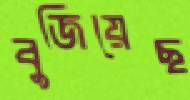
বুজিয়েছ